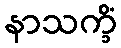
နာသက္ခိံ